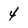
Character: 4